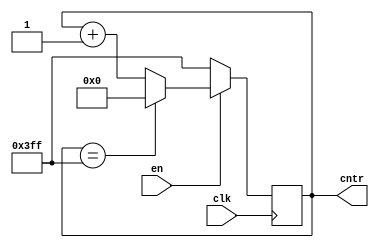
`timescale 1ns / 1ps
//////////////////////////////////////////////////////////////////////////////////
// Company: 
// Engineer: 
// 
// Design Name: 
// Module Name: PWM_Counter
// Project Name: 
// Target Devices: 
// Tool Versions: 
// Description: 
// 
// Dependencies: 
// 
// Revision:
// Revision 0.01 - File Created
// Additional Comments:
// 
//////////////////////////////////////////////////////////////////////////////////


module PWM_Counter(
        input               clk,
        input               en,
        output  reg [9:0]   cntr
    );
    
    initial
    begin
        cntr <= 0;
    end
    
    always @ (posedge(clk))
    begin
        if(en)
        begin
            if(cntr == 10'd1023)
                cntr <= 10'd0;
            else
                cntr <= cntr + 10'd1;
        end
        else
            cntr <= 10'd1023; //So that the comparator drives the PWM signal low but will reset at the next clock cycle
    end
    
endmodule